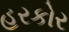
હરકોર